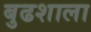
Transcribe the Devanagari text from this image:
बुढशाला